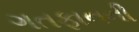
ગતફાનની